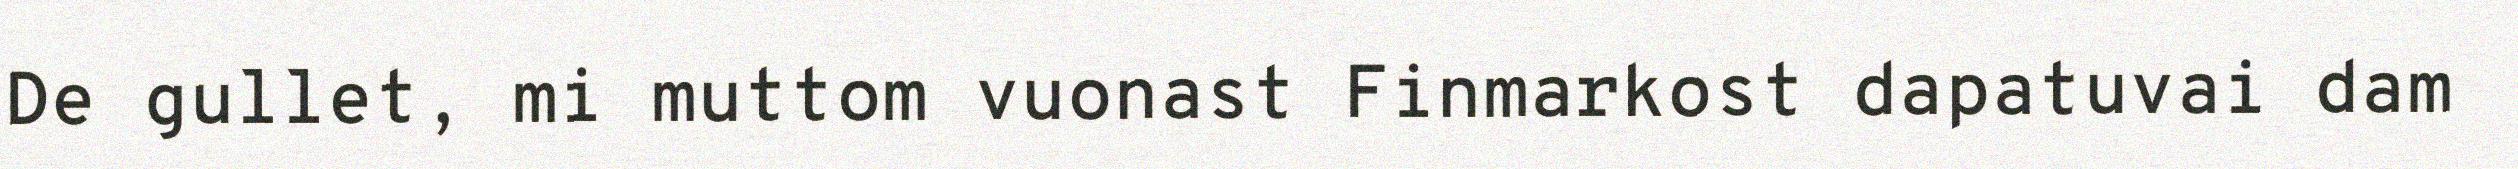
De gullet, mi muttom vuonast Finmarkost dapatuvai dam